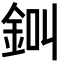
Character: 𨦀